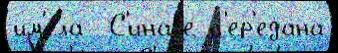
им'е́ла  С'инаjе п'ер'едана